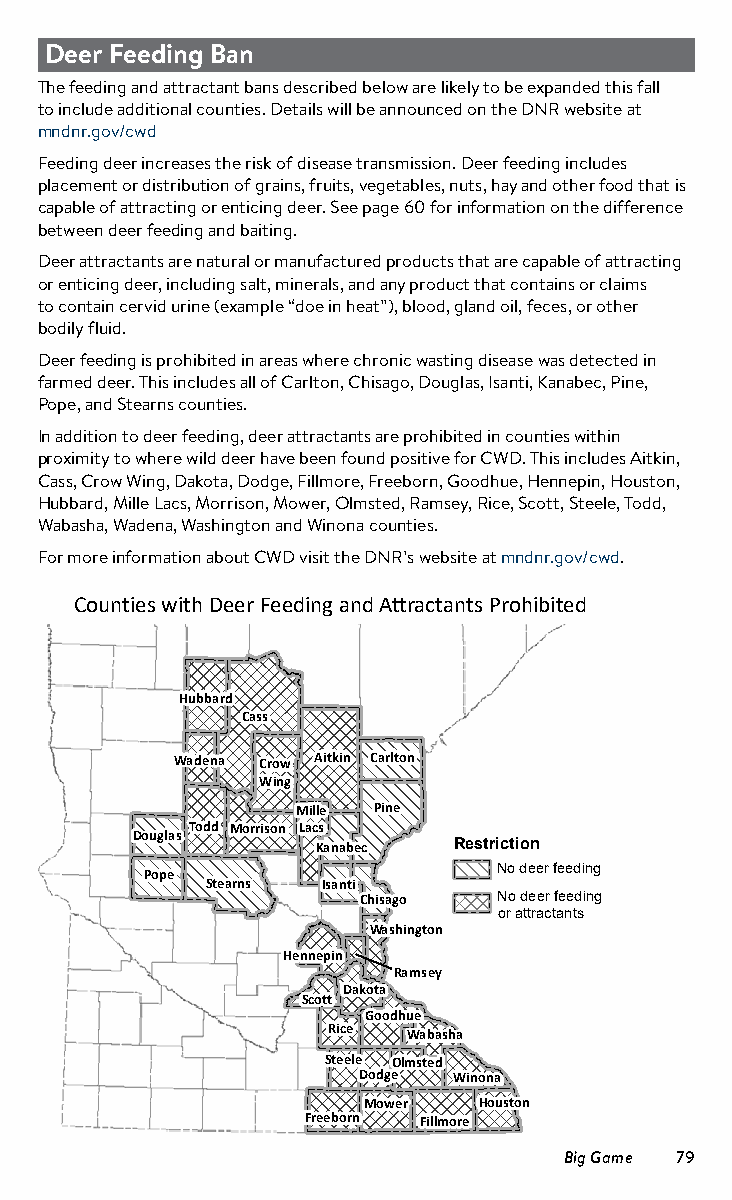
Deer Feeding Ban
 The feeding and attractant bans described below are likely to be expanded this fall
 to include additional counties. Details will be announced on the DNR website at
 mndnr.gov/cwd
 Feeding deer increases the risk of disease transmission. Deer feeding includes
 placement or distribution of grains, fruits, vegetables, nuts, hay and other food that is
 capable of attracting or enticing deer. See page 60 for information on the difference
 between deer feeding and baiting.
 Deer attractants are natural or manufactured products that are capable of attracting
 or enticing deer, including salt, minerals, and any product that contains or claims
 to contain cervid urine (example “doe in heat”), blood, gland oil, feces, or other
 bodily fluid.
 Deer feeding is prohibited in areas where chronic wasting disease was detected in
 farmed deer. This includes all of Carlton, Chisago, Douglas, Isanti, Kanabec, Pine,
 Pope, and Stearns counties.
 In addition to deer feeding, deer attractants are prohibited in counties within
 proximity to where wild deer have been found positive for CWD. This includes Aitkin,
 Cass, Crow Wing, Dakota, Dodge, Fillmore, Freeborn, Goodhue, Hennepin, Houston,
 Hubbard, Mille Lacs, Morrison, Mower, Olmsted, Ramsey, Rice, Scott, Steele, Todd,
 Wabasha, Wadena, Washington and Winona counties.
 For more information about CWD visit the DNR’s website at mndnr.gov/cwd.
 Counties with Deer Feeding and Attractants Prohibited
 Hubbard
 Cass
 Wadena Crow Aitkin Carlton
 Wing
 Mille Pine
 Todd Morrison Lacs
 Douglas
 Kanabec  Restriction
 Pope                   No deer feeding
 Stearns Isanti
 Chisago  No deer feeding
 or attractants
 Washington
 Hennepin
 Ramsey
 Dakota
 Scott
 Goodhue
 Rice
 Wabasha
 Steele Olmsted
 Dodge Winona
 Mower   Houston
 Freeborn Fillmore
 Big Game 79